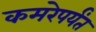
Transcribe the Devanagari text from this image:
कमरेपर्यंत